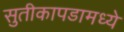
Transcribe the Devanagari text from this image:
सुतीकापडामध्ये